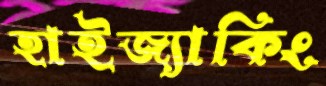
হাইজ্যাকিং